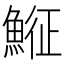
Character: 𩸵